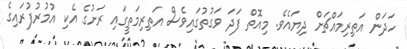
ހަދަން އަތިރިމައްޗަށް ދިޔައެވެ. މިއޮތް ފަދަ ވަގުތުގައިވެސް އަތިރިމަތީގައި ރަށުގެ އެކި އުމުރުފުރައިގެ